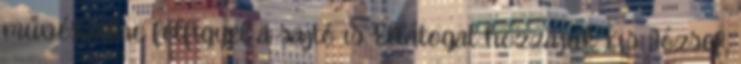
művészekre felfigyel a sajtó is. Ellátogat hozzájuk Kis József,